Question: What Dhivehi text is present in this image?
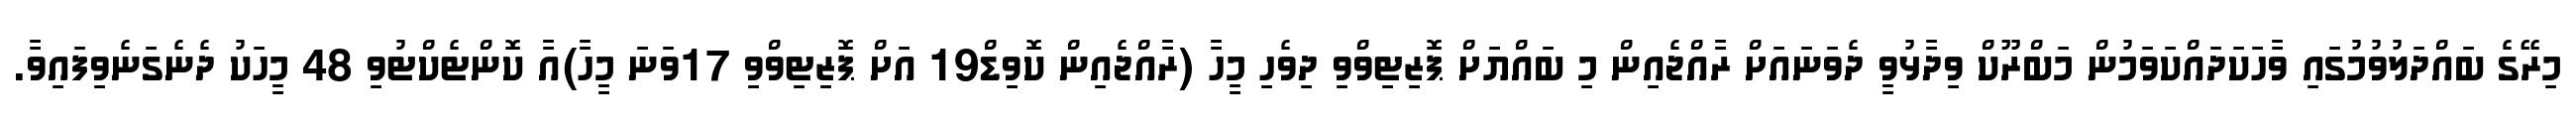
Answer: މިރޭގެ ބައްދަލުވުމުގައި ވާހަކަދައްކަވަމުން މަބްރޫކް ވިދާޅުވީ ދެވަނައަށް ރާއްޖެއިން މި ބައްޔަށް ޕޮޒިޓިވްވި ދިވެހި މީހާ (ރާއްޖެއިން ކޮވިޑް19 އަށް ޕޮޒިޓިވްވި 17ވަނަ މީހާ)އާ ކޮންޓެކްޓުވި 48 މީހަކު ދެނެގަނެވިފައިވާ.